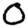
Digit: 0